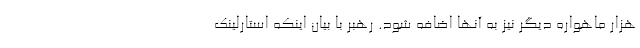
هزار ماهواره دیگر نیز به آنها اضافه شود. رهبر با بیان اینکه استارلینک